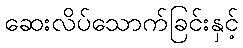
ဆေးလိပ်သောက်ခြင်းနှင့်